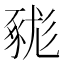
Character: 𧱦